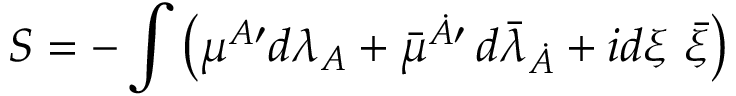
S = - \int \left( { \mu } { } ^ { A \prime } d \lambda _ { A } + \bar { \mu } { } ^ { \dot { A } \prime } \, d { \bar { \lambda } } _ { \dot { A } } + i d { \xi } ~ \bar { \xi } \right)